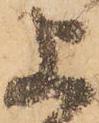
上